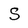
Character: S